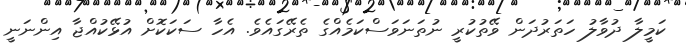
ކަމީލާ ދުވާލު ހަތަރުދަން ވޭތުކުރީ ނުތަނަވަސްކަމެއްގެ ތެރޭގައެވެ. އެހާ ސަކަކޮށް އުޅޭކުއްޖާ އިންނަނީ